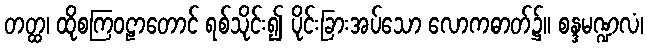
တတ္ထ၊ ထိုစကြဝဠာတောင် ရစ်သိုင်း၍ ပိုင်းခြားအပ်သော လောကဓာတ်၌။ စန္ဒမဏ္ဍလံ၊